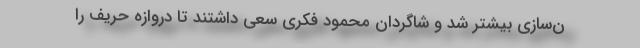
ن‌سازی بیشتر شد و شاگردان محمود فکری سعی داشتند تا دروازه حریف را